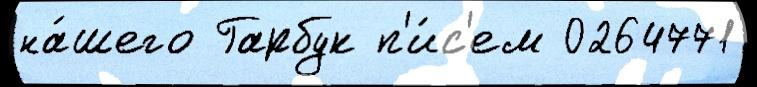
на́шего Гарбук п'и́с'ем 0264771